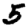
Digit: 5